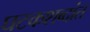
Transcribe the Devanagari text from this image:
घटकशब्दांत